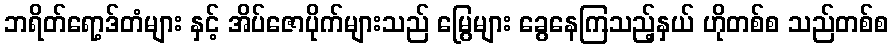
ဘရိတ်ရော့ဒ်တံများ နှင့် အိပ်ဇောပိုက်များသည် မြွေများ ခွေနေကြသည့်နှယ် ဟိုတစ်စ သည်တစ်စ